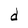
Character: d